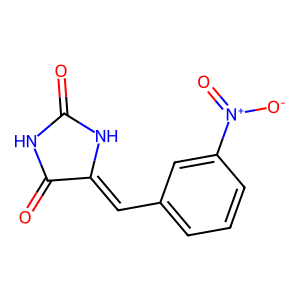
SMILES: O=C1NC(=O)C(=Cc2cccc([N+](=O)[O-])c2)N1
Inhibits HIV replication: No